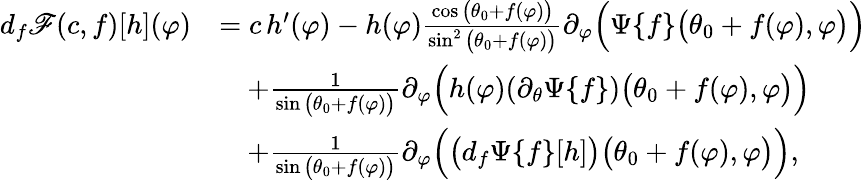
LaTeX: \begin{array}{rl}{d_{f}\mathscr{F}(c,f)[h](\varphi)}&{=c\, h^{\prime}(\varphi)-h(\varphi)\frac{\cos\big(\theta_{0}+f(\varphi)\big)}{\sin^{2}\big(\theta_{0}+f(\varphi)\big)}\partial_{\varphi}\Big(\Psi\{ f\} \big(\theta_{0}+f(\varphi),\varphi\big)\Big)}\\ &{\quad+\frac{1}{\sin\big(\theta_{0}+f(\varphi)\big)}\partial_{\varphi}\Big(h(\varphi)(\partial_{\theta}\Psi\{ f\} )\big(\theta_{0}+f(\varphi),\varphi\big)\Big)}\\ &{\quad+\frac{1}{\sin\big(\theta_{0}+f(\varphi)\big)}\partial_{\varphi}\Big(\big(d_{f}\Psi\{ f\} [h]\big)\big(\theta_{0}+f(\varphi),\varphi\big)\Big),}\end{array}